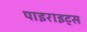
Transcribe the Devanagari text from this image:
पाइराइट्स